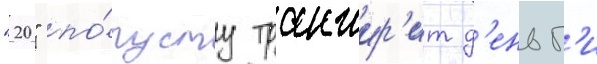
"20" по́пусту транжир'ит д'еньг'и